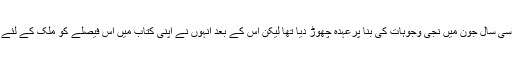
مسٹرا سبرمنيم نے اسی سال جون میں نجی وجوہات کی بنا پرعہدہ چھوڑ دیا تھا لیکن اس کے بعد انہوں نے اپنی کتاب میں اس فیصلے کو ملک کے لئے مہلک قرار دیا ہے۔